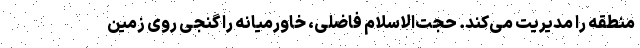
منطقه را مدیریت می‌کند. حجت‌الاسلام فاضلی، خاورمیانه را گنجی روی زمین